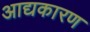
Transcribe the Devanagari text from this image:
आद्यकारण